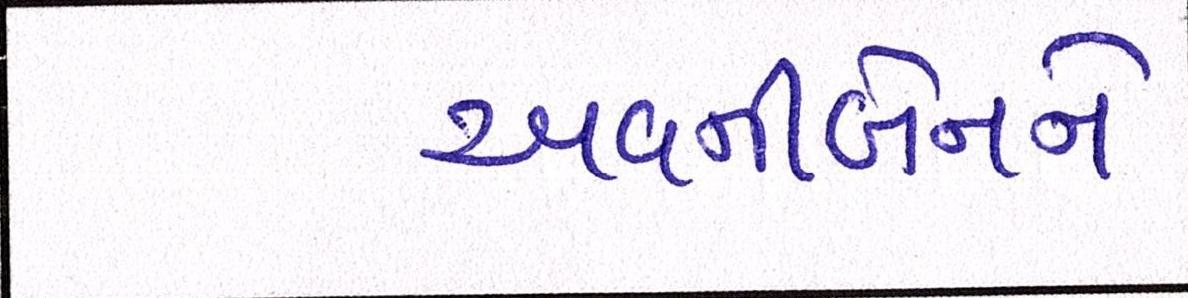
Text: અવનીબેનને